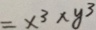
= x ^ { 3 } \times y ^ { 3 }